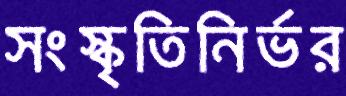
সংস্কৃতিনির্ভর